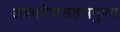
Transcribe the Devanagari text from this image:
अश्वमेघसहत्रपुण्य